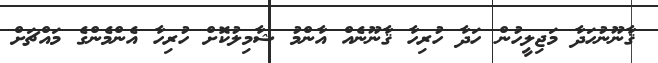
ޤާނޫނުހަދާ މަޖިލީހުން ހަދާ ހުރިހާ ޤާނޫނެއް އާންމު ޝާމިލުކޮށް ހުރިހާ އެންމެންގެ މައްޗަށް